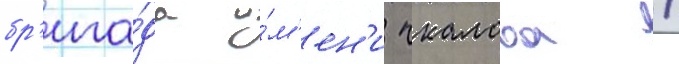
бр'ига́да и́м'ен'и чкалова /